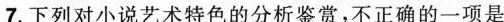
7.下列对小说艺术特色的分析鉴赏，不正确的一项是